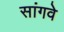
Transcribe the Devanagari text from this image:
सांगवे